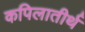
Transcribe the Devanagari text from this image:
कपिलातीर्थ